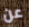
عن